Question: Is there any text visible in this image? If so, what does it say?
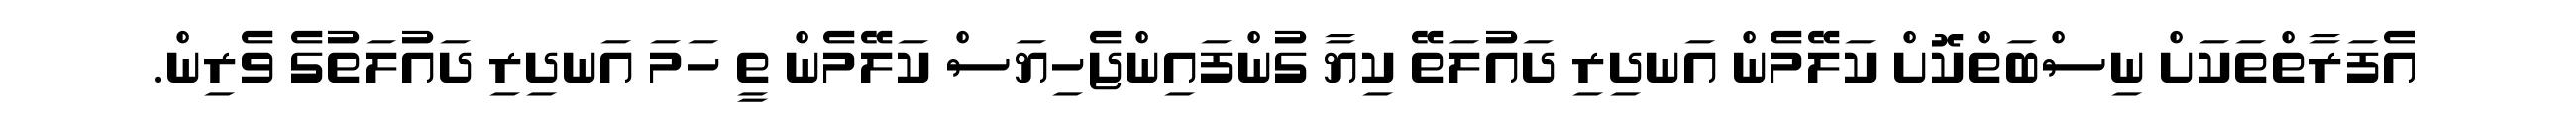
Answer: އެފަރާތްތަކަށް ނިސްބަތްކޮށް ކަލޭމެން އަނދިރި ދައުލަތޭ ކިޔާ ގުންފައިންޖެހިޔަސް ކަލޭމެން ތީ ހަމަ އަނދިރި ދައުލަތުގެ ވެރިން.